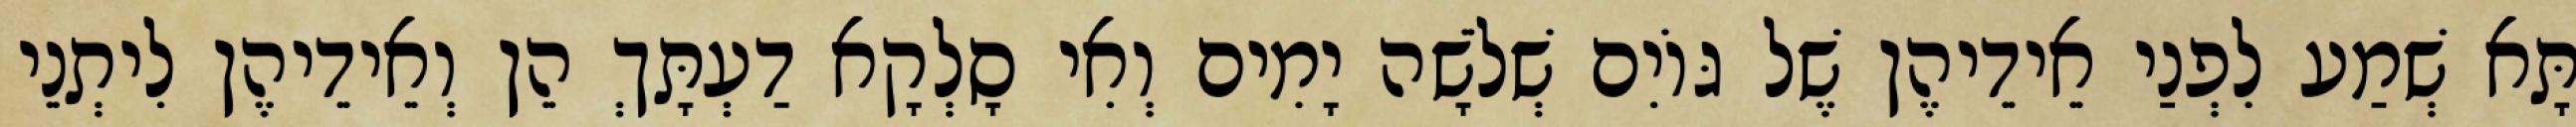
תָּא שְׁמַע לִפְנַי אֵידֵיהֶן שֶׁל גּוֹיִם שְׁלֹשָׁה יָמִים וְאִי סָלְקָא דַעְתָּךְ הֵן וְאֵידֵיהֶן לִיתְנֵי